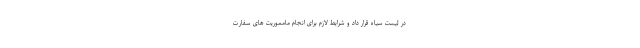
در لیست سیاه قرار داد و شرایط لازم برای انجام مامموریت های سفارت